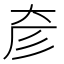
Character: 𢒊